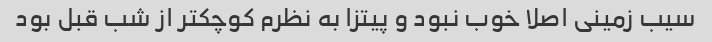
سیب زمینی اصلا خوب نبود و پیتزا به نظرم کوچکتر از شب قبل بود